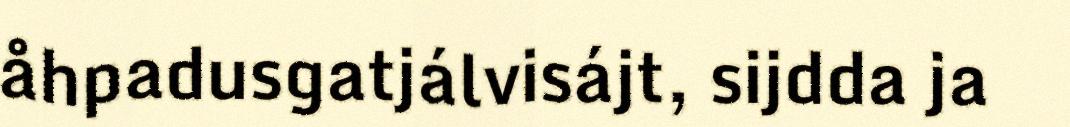
åhpadusgatjálvisájt, sijdda ja